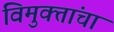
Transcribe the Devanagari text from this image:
विमुक्तांचा